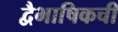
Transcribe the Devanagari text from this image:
द्वैभाषिकची